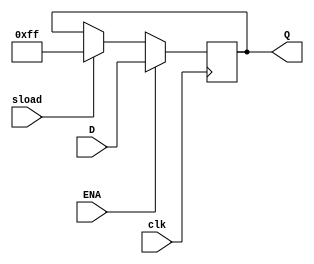

module dff_s (D,clk,ENA,sload,Q);
	// function: holds value when clk is rising and ena is active; 
	//sload is for reseting to known value
//parameters 
  parameter DATA_WIDTH = 8;					// size of each input data
  
  input wire [DATA_WIDTH-1:0] D; //input to dff
  input wire clk; //clock signal
  input wire ENA; //enable for the flipflop
  input wire sload; //serial load which sets flipflop to known value
  output wire [DATA_WIDTH-1:0] Q; //output of flipflop
  
  reg [DATA_WIDTH-1:0]dreg; // internal register for FF
  initial 
	dreg<=0; //initially make the flipflop 0
  assign Q = dreg;
  
  always@(posedge clk) begin 
		if (sload)
      dreg<={DATA_WIDTH{1'b1}}; //s_load sets the register to FF
		//	dreg<=8'hff; //s_load sets the register to FF
		if (ENA) // if enable then Q becomes D
			dreg<=D;
	end
	endmodule